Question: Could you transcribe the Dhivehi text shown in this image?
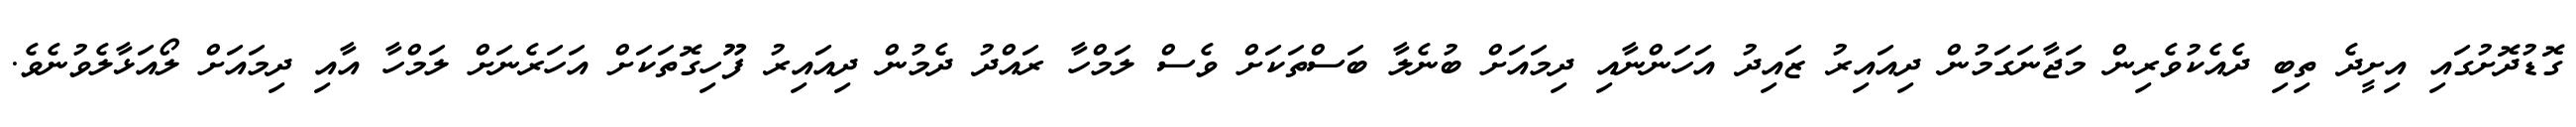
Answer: ގޮޑުދޮށުގައި އިށީދެ ތިބި ދެއެކުވެރިން މަޖާނަގަމުން ދިއައިރު ޒައިދު އަހަންނާއި ދިމައަށް ބުނެލާ ބަސްތަކަށް ވެސް ލަމްހާ ރައްދު ދެމުން ދިއައިރު ފޫހިގޮތަކަށް އަހަރެނަށް ލަމްހާ އާއި ދިމައަށް ލޯއަޅާލެވުނެވެ.